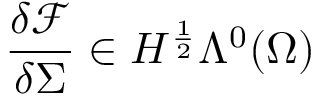
\frac { \delta \mathcal { F } } { \delta \Sigma } \in H ^ { \frac { 1 } { 2 } } \Lambda ^ { 0 } ( \Omega )